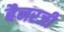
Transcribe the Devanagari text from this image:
बैनरजी